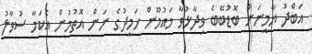
އަބްދު ޔާމީނަށް ބޮޑުބޭބެ ވިދާޅުވާ މައުމޫން ހަމީދުގެ ނަން އޮތުމުން އެކަމާ ސުވާލު